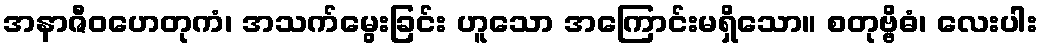
အနာဇီဝဟေတုကံ၊ အသက်မွေးခြင်း ဟူသော အကြောင်းမရှိသော။ စတုဗ္ဗိဓံ၊ လေးပါး